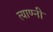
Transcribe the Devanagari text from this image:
त्याण्नी